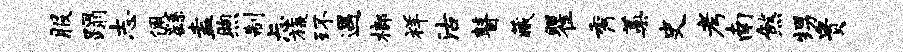
服蹋志佩繇盍煦制忐旒环遇榔祥沽瞽藏瞿秀蒿史考南煞甥贵